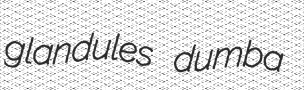
glandules dumba